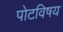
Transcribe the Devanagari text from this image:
पोटविषय